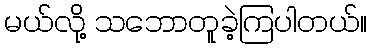
မယ်လို့ သဘောတူခဲ့ကြပါတယ်။